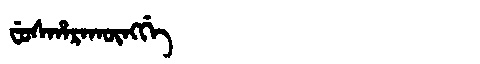
Manchu: ᠸᡠᠰᡥᠠᡵᠠᡴᡡᠩᡤᡝ
Romanization: FUSHARAKŪNGGE